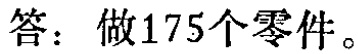
答：做175个零件。